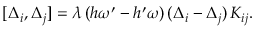
[ \Delta _ { i } , \Delta _ { j } ] = \lambda \, ( h \omega ^ { \prime } - h ^ { \prime } \omega ) \, ( \Delta _ { i } - \Delta _ { j } ) \, K _ { i j } .